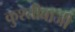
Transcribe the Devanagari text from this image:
कुश्तीबाजी